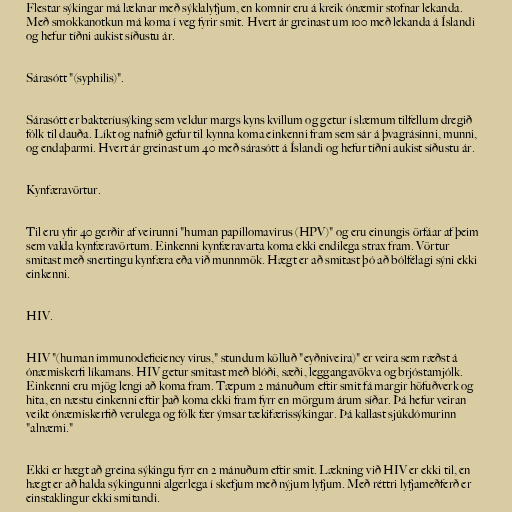
Flestar sýkingar má læknar með sýklalyfjum, en komnir eru á kreik ónæmir stofnar lekanda.
Með smokkanotkun má koma í veg fyrir smit. Hvert ár greinast um 100 með lekanda á Íslandi
og hefur tíðni aukist síðustu ár.

Sárasótt "(syphilis)".

Sárasótt er bakteríusýking sem veldur margs kyns kvillum og getur í slæmum tilfellum dregið
fólk til dauða. Líkt og nafnið gefur til kynna koma einkenni fram sem sár á þvagrásinni, munni,
og endaþarmi. Hvert ár greinast um 40 með sárasótt á Íslandi og hefur tíðni aukist síðustu ár.

Kynfæravörtur.

Til eru yfir 40 gerðir af veirunni "human papillomavirus (HPV)" og eru einungis örfáar af þeim
sem valda kynfæravörtum. Einkenni kynfæravarta koma ekki endilega strax fram. Vörtur
smitast með snertingu kynfæra eða við munnmök. Hægt er að smitast þó að bólfélagi sýni ekki
einkenni.

HIV.

HIV "(human immunodeficiency virus," stundum kölluð "eyðniveira)" er veira sem ræðst á
ónæmiskerfi líkamans. HIV getur smitast með blóði, sæði, leggangavökva og brjóstamjólk.
Einkenni eru mjög lengi að koma fram. Tæpum 2 mánuðum eftir smit fá margir höfuðverk og
hita, en næstu einkenni eftir það koma ekki fram fyrr en mörgum árum síðar. Þá hefur veiran
veikt ónæmiskerfið verulega og fólk fær ýmsar tækifærissýkingar. Þá kallast sjúkdómurinn
"alnæmi."

Ekki er hægt að greina sýkingu fyrr en 2 mánuðum eftir smit. Lækning við HIV er ekki til, en
hægt er að halda sýkingunni algerlega í skefjum með nýjum lyfjum. Með réttri lyfjameðferð er
einstaklingur ekki smitandi.